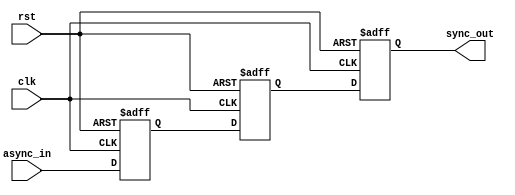
module cascade_synchronizer(
    input wire      clk,        // Clock signal
    input wire      rst,        // Reset signal
    input wire      async_in,   // Asynchronous input signal
    output reg      sync_out    // Synchronous output signal
);

reg [2:0] stage1, stage2, stage3; // Multiple stages of flip-flops

always @(posedge clk or posedge rst) begin
    if (rst) begin
        stage1 <= 1'b0;
        stage2 <= 1'b0;
        stage3 <= 1'b0;
    end else begin
        // Synchronization logic for Stage 1
        stage1 <= async_in;
        
        // Synchronization logic for Stage 2
        stage2 <= stage1;
        
        // Synchronization logic for Stage 3
        stage3 <= stage2;
    end
end

assign sync_out = stage3; // Output signal synchronized with the clock domain

endmodule